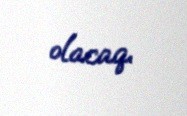
olacaq.